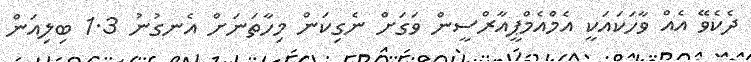
ދެކެވޭ އެއް ވާހަކައަކީ އެމްއެމްޕީއާރްސީން ވަގަށް ނެގިކަން މިހާތަނަށް އެނގުނު 1.3 ބިލިއަން